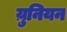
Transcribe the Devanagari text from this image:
य़ुनियन